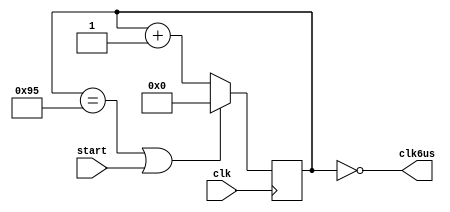
`timescale 1ns / 1ps
//////////////////////////////////////////////////////////////////////////////////
// Company: 
// Engineer: 
// 
// Design Name: 
// Module Name: controler_clk
// Project Name: 
// Target Devices: 
// Tool Versions: 
// Description: 
// 
// Dependencies: 
// 
// Revision:
// Revision 0.01 - File Created
// Additional Comments:
// 
//////////////////////////////////////////////////////////////////////////////////


module controler_clk(
    input clk,start,
    output clk6us
    );
    
    reg [7:0] count;
  
    assign clk6us = (count==0);
    always @(posedge clk)begin
        if(count == 149 || start) count<=0;
        else count<=count+1;
           
    end
    
endmodule